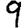
Digit: 9